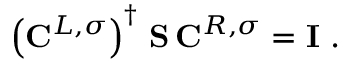
\left( \mathbf { C } ^ { L , \sigma } \right) ^ { \dagger } \, \mathbf { S } \, \mathbf { C } ^ { R , \sigma } = \mathbf { I } \mathrm { ~ . ~ }